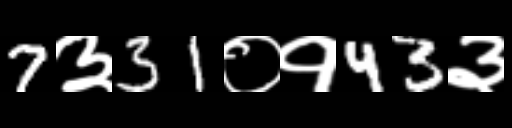
Text: 7३31०१43३